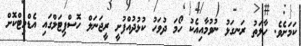
ކަމަށެވެ. ހާލަތު ރަނގަޅު ނުވުމާއިއެކު ހޯމަ ދުވަހު ކުޅުދުއްފުށީ ރީޖަނަލް ހޮސްޕިޓަލްގައި އެޑްމިޓްކޮށް